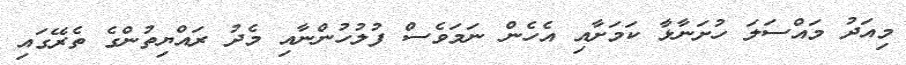
މިއަދު މައްސަލަ ހުށަނާޅާ ކަމަށާއި އެހެން ނަމަވެސް ފުލުހުންނާއި މެދު ރައްޔިތުންގެ ތެރޭގައި